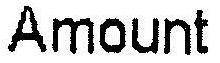
AMOUNT